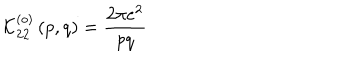
LaTeX: \mathcal { K } _ { 2 2 } ^ { \left( o \right) } \left( p , q \right) = \frac { 2 \pi e ^ { 2 } } { p q }